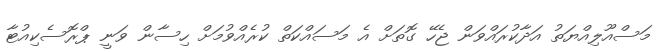
މަސްއޫލިއްޔަތު އަދާކުރައްވަން ޖެހޭ ގޮތަށް އެ މަސައްކަތް ކުރެއްވުމަށް ހިސާން ވަނީ ޕްރޮސެކިއުޓާ